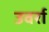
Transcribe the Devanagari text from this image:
उवर्रा